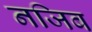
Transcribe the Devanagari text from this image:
नजिब